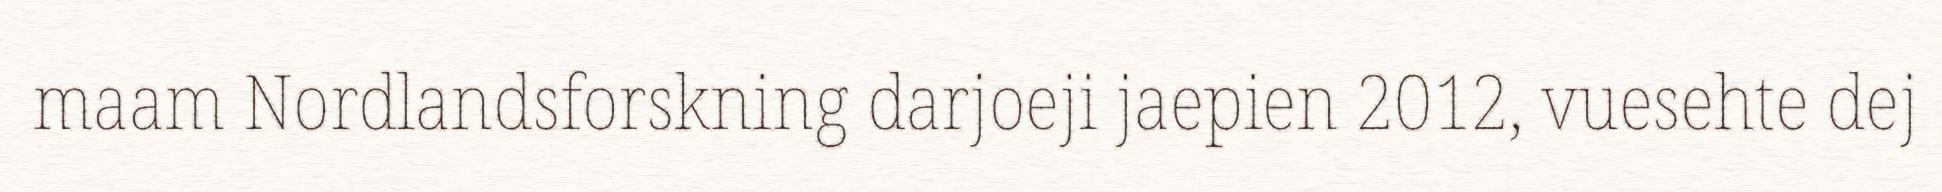
maam Nordlandsforskning darjoeji jaepien 2012, vuesehte dej